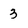
Character: 3